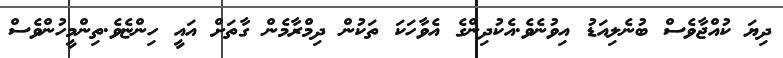
ދިޔަ ކުއްޖާވެސް ބުނެލިއަޑު އިވުނެވެ.އެކުދިންގެ އެވާހަކަ ތަކުން ދިމްރާމެން ގާތަށް އައީ ހިންޏެވެ.ތިންމީހުންވެސް